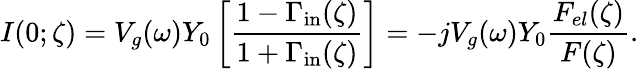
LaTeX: I(0;\zeta)=V_{g}(\omega)Y_{0}\left[\frac{1-\Gamma_{\mathrm{in}}(\zeta)}{1+\Gamma_{\mathrm{in}}(\zeta)}\right]=-jV_{g}(\omega)Y_{0}\frac{F_{el}(\zeta)}{F(\zeta)}.